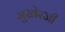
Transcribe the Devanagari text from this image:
मुखेरजी